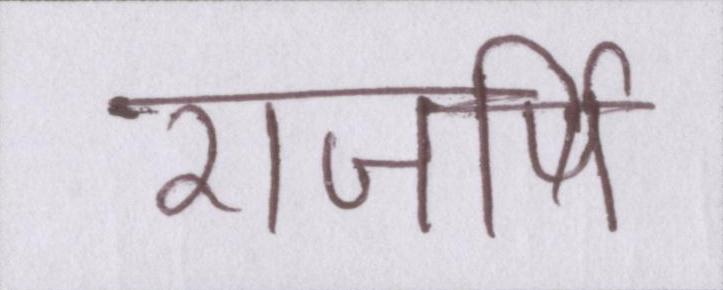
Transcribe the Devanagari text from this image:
राजर्षि